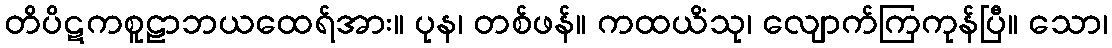
တိပိဋကစူဠာဘယထေရ်အား။ ပုန၊ တစ်ဖန်။ ကထယိံသု၊ လျောက်ကြကုန်ပြီ။ သော၊